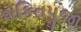
શકિતપૂજા